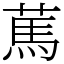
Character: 䔍